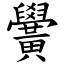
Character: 黌